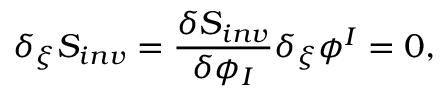
\delta _ { \xi } { \cal S } _ { i n v } = { \frac { \delta { \cal S } _ { i n v } } { \delta \phi _ { I } } } \delta _ { \xi } \phi ^ { I } = 0 ,